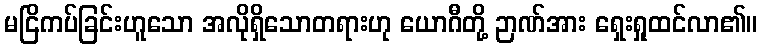
မငြိကပ်ခြင်းဟူသော အလိုရှိသောတရားဟု ယောဂီတို့ ဉာဏ်အား ရှေးရှုထင်လာ၏။